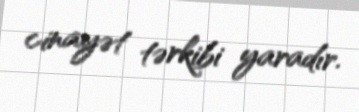
cinayət tərkibi yaradır.